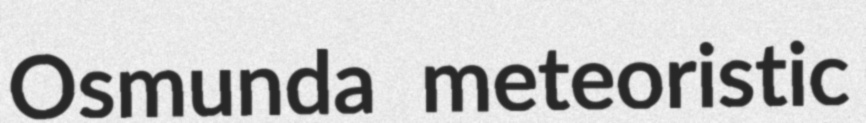
Osmunda meteoristic